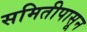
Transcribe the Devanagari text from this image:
समितीपासून